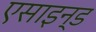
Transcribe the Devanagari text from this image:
एसाइन्ड